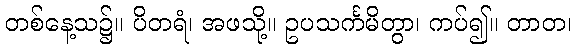
တစ်နေ့သ၌။ ပိတရံ၊ အဖသို့။ ဥပသင်္ကမိတွာ၊ ကပ်၍။ တာတ၊